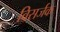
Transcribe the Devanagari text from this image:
विसर्जक